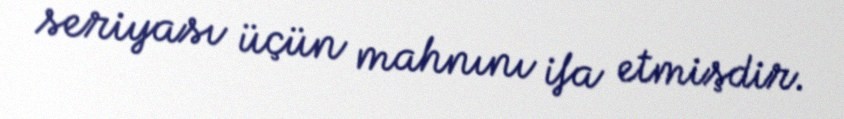
seriyası üçün mahnını ifa etmişdir.